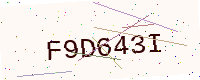
Text: F9D643I